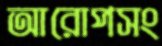
আরোপসং